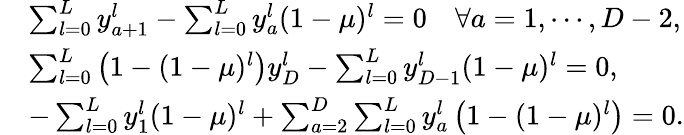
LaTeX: \begin{array}{ll}&{\sum_{l=0}^{L}y_{a+1}^{l}-\sum_{l=0}^{L}y_{a}^{l}(1-\mu)^{l}=0\quad\forall a=1,\cdots,D-2,}\\ &{\sum_{l=0}^{L}\left(1-(1-\mu)^{l}\right)y_{D}^{l}-\sum_{l=0}^{L}y_{D-1}^{l}(1-\mu)^{l}=0,}\\ &{-\sum_{l=0}^{L}y_{1}^{l}(1-\mu)^{l}+\sum_{a=2}^{D}\sum_{l=0}^{L}y_{a}^{l}\left(1-(1-\mu)^{l}\right)=0.}\end{array}